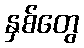
နှစ်တွေ